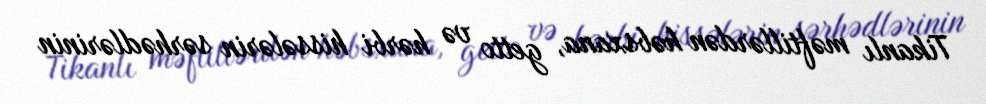
Tikanlı məftillərdən həbsxana, getto və hərbi hissələrin sərhədlərinin